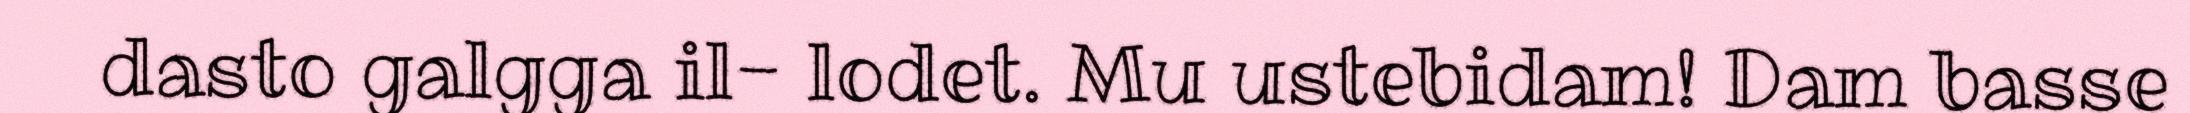
dasto galgga il- lodet. Mu ustebidam! Dam basse